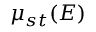
\mu _ { s t } ( E )